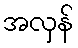
အလှန်